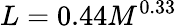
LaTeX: L=0.44M^{0.33}